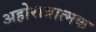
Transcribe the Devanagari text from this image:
अहोरात्रात्मक